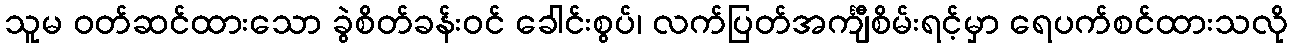
သူမ ဝတ်ဆင်ထားသော ခွဲစိတ်ခန်းဝင် ခေါင်းစွပ်၊ လက်ပြတ်အင်္ကျီစိမ်းရင့်မှာ ရေပက်စင်ထားသလို